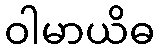
ဝါမာယိဓ